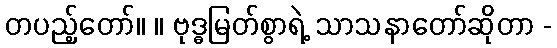
တပည့်တော်။ ။ ဗုဒ္ဓမြတ်စွာရဲ့ သာသနာတော်ဆိုတာ -